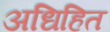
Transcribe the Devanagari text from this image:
अधिहित